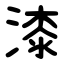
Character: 漆